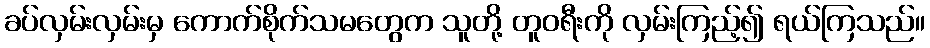
ခပ်လှမ်းလှမ်းမှ ကောက်စိုက်သမတွေက သူတို့ တူဝရီးကို လှမ်းကြည့်၍ ရယ်ကြသည်။